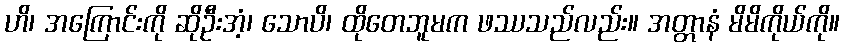
ဟိ၊ အကြောင်းကို ဆိုဦးအံ့၊ သောပိ၊ ထိုတေဘူမက ဖဿသည်လည်း။ အတ္တာနံ မိမိကိုယ်ကို။